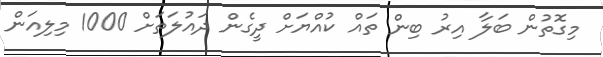
މިގޮތުން ބަލާ އިރު ބިން ތައް ކުއްޔަށް ދީގެން ދައުލަތަށް 1000 މިލިއަން